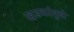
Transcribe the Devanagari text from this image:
खडकांमुळे